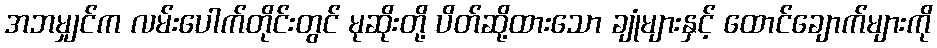
အဘမျှင်က လမ်းပေါက်တိုင်းတွင် မုဆိုးတို့ ပိတ်ဆို့ထားသော ချုံများနှင့် ထောင်ချောက်များကို